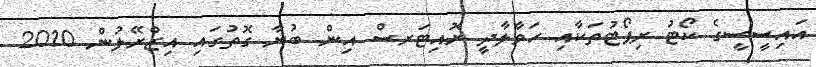
އައިސީސީގެ ކޯޓު ރިޕޯޓުތަކާއި ހަވާލާދީ ރޮއިޓަރސް އިން ބުނާ ގޮތުގައި އިޒްރޭލުން 2010